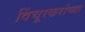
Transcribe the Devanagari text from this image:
विंचूरकरांच्या